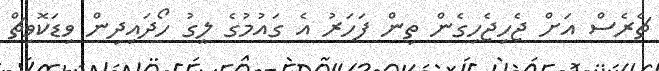
ޗެރެސް އަށް ޖެހިޖެހިގެން ތިން ފަހަރު އެ ގައުމުގެ ލީގު ހޯދައިދިން ވިޑަކޮވިޗް